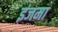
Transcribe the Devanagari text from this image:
इजमा